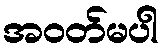
အဝတ်မပါ